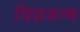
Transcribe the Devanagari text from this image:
विप्रजन्म